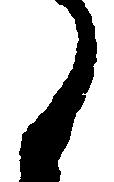
候